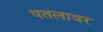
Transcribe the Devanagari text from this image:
पतलावर